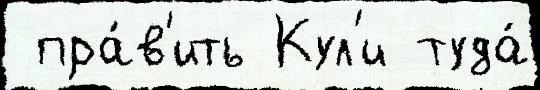
 пра́в'ить Кул'и туда́